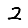
Digit: 2